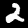
Label: 2